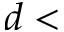
d <